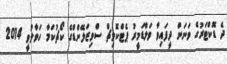
ދެ ޑޮކްޓަރުގެ ވަނަން ދީފައިވާ ވަލްޑަމީރު ޕެޓްކޮވިޗް ސްވިޒަލޭންޑްގެ ކޯޗުކަމާ ހަވާލުވީ 2014